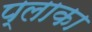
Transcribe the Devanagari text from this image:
प्लाका